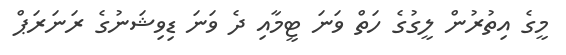
މީގެ އިތުރުން ލީގުގެ ހަތް ވަނަ ޓީމާއި ދެ ވަނަ ޑިވިޝަނުގެ ރަނަރަޕް